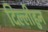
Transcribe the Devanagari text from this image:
दिल्लीहुन